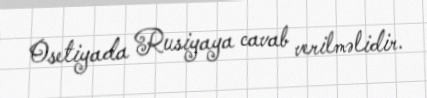
Osetiyada Rusiyaya cavab verilməlidir.